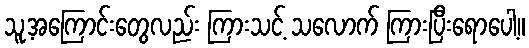
သူ့အကြောင်းတွေလည်း ကြားသင့် သလောက် ကြားပြီးရောပေါ့။